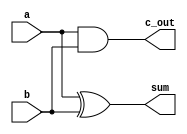
module half_adder(

    input a,
    input b,
    output sum,
    output c_out

);

// Implement Figure 2 here.
    //sum and xor gate
    assign sum = a ^ b;
    //c_out and and gate
    assign c_out = a && b;

endmodule